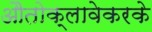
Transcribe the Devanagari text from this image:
औतोक्लावेकरके